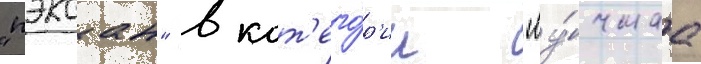
"пэксан" в кат'его́р'ии "лу́чшаа